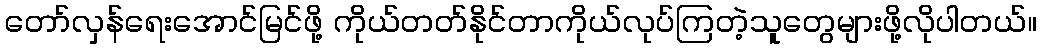
တော်လှန်ရေးအောင်မြင်ဖို့ ကိုယ်တတ်နိုင်တာကိုယ်လုပ်ကြတဲ့သူတွေများဖို့လိုပါတယ်။